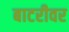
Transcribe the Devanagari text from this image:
बाटरीवर